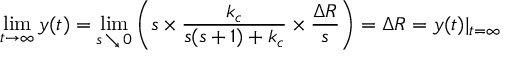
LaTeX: \operatorname* { l i m } _ { t \to \infty } y ( t ) = \operatorname* { l i m } _ { s \, \searrow \, 0 } \left( s \times { \frac { k _ { c } } { s ( s + 1 ) + k _ { c } } } \times { \frac { \Delta R } { s } } \right) = \Delta R = y ( t ) | _ { t = \infty }